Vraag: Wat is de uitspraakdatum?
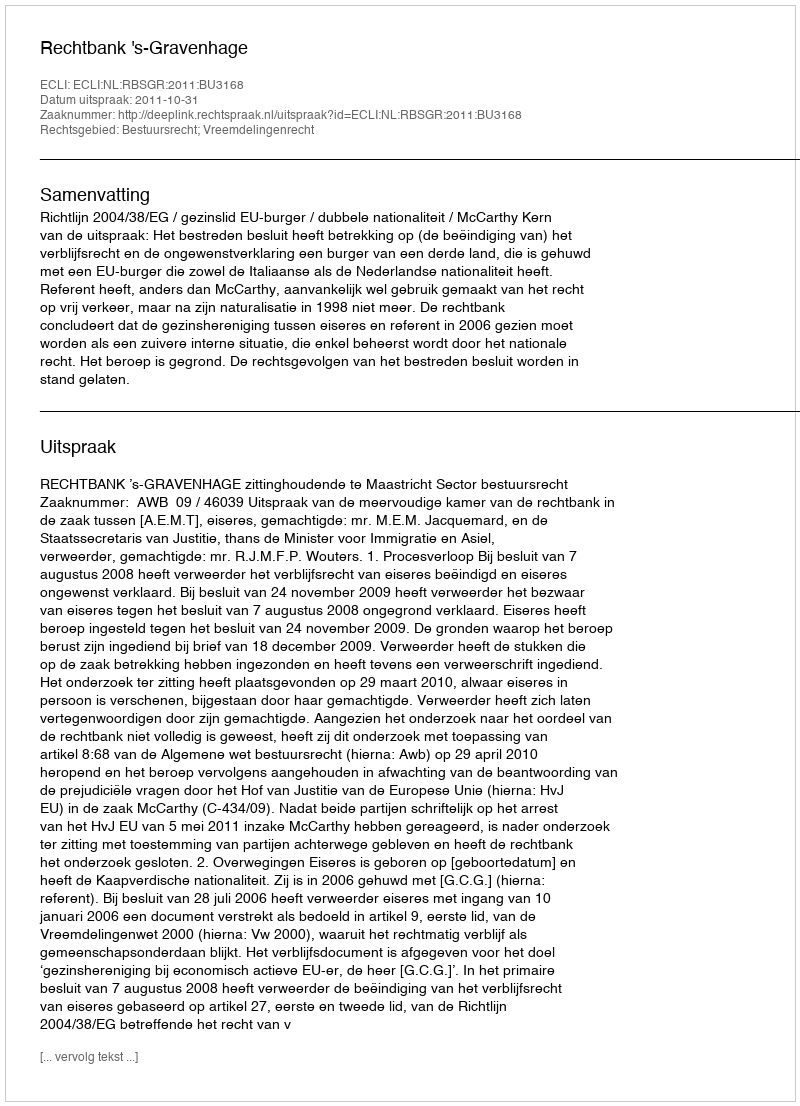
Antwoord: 2011-10-31